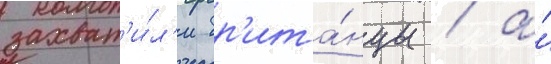
захват'и́л'и бр'ита́нцы / а́